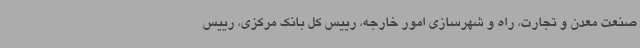
صنعت معدن و تجارت، راه و شهرسازی امور خارجه، رییس کل بانک مرکزی، رییس